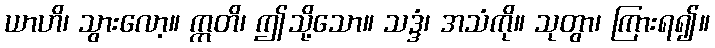
ယာဟိ၊ သွားလော့။ ဣတိ၊ ဤသို့သော။ သဒ္ဒံ၊ အသံကို။ သုတွာ၊ ကြားရ၍။